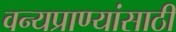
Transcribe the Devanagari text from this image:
वन्यप्राण्यांसाठी